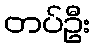
တပ်ဦး